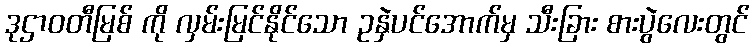
ဒုဌာဝတီမြစ် ကို လှမ်းမြင်နိုင်သော ဥနှဲပင်အောက်မှ သီးခြား စားပွဲလေးတွင်